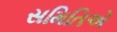
સમિતિએ